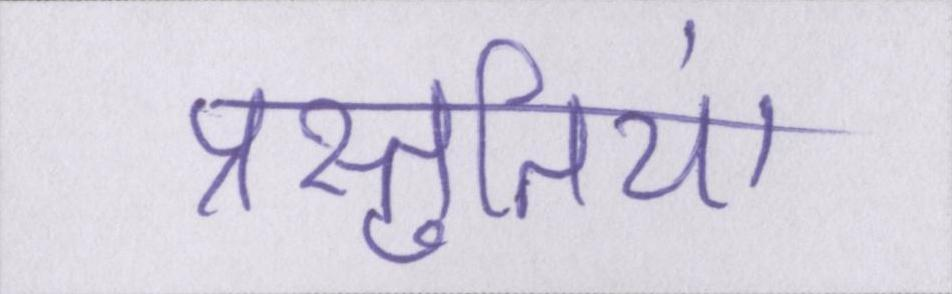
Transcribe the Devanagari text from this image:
प्रस्तुतियां